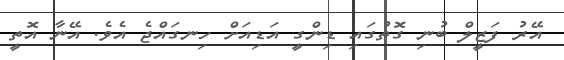
އޭރު ފަޒީލް ބުނި ގޮތުގައި ޑިންގީ އަޑިއަށް ހިނގައްޖެ އެވެ. އޭނާ އޮތީ